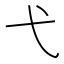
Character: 弋